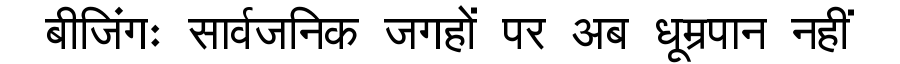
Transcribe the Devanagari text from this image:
बीजिंगः सार्वजनिक जगहों पर अब धूम्रपान नहीं